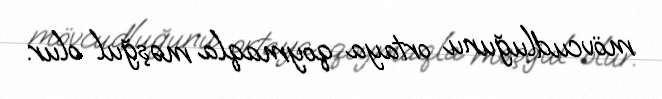
mövcudluğunu ortaya qoymaqla məşğul olur.